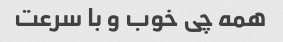
همه چی خوب و با سرعت